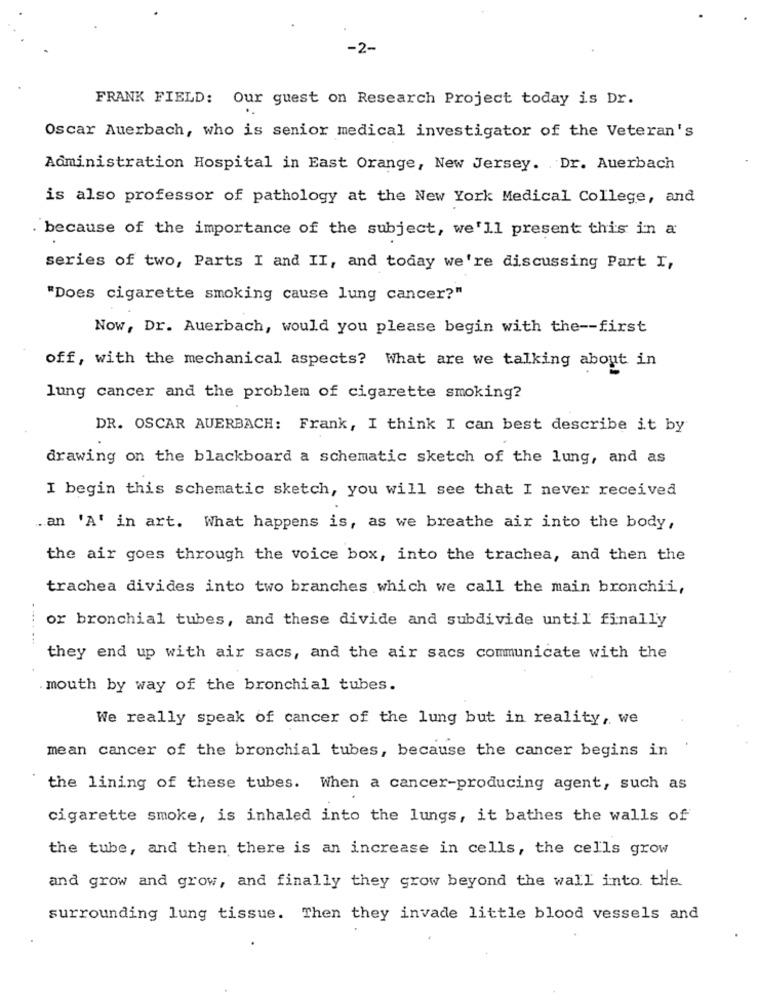
-2-
FRANK FIELD: Our guest on Research Project today is Dr.
Oscar Auerbach, who is senior medical investigator of the Veteran's
Administration Hospital in East Orange, New Jersey. Dr. Auerbach
is also professor of pathology at the New York Medical College, and
. because of the importance of the subject, we'll present this in a
series of two, Parts I and II, and today we're discussing Part I,
"Does cigarette smoking cause lung cancer?"
Now, Dr. Auerbach, would you please begin with the -- first
off, with the mechanical aspects? What are we talking about in
lung cancer and the problem of cigarette smoking?
DR. OSCAR AUERBACH: Frank, I think I can best describe it by
drawing on the blackboard a schematic sketch of the lung, and as
I begin this schematic sketch, you will see that I never received
. an 'A' in art. What happens is, as we breathe air into the body,
the air goes through the voice box, into the trachea, and then the
trachea divides into two branches which we call the main bronchii,
or bronchial tubes, and these divide and subdivide until finally
they end up with air sacs, and the air sacs communicate with the
mouth by way of the bronchial tubes.
We really speak of cancer of the lung but in reality, we
mean cancer of the bronchial tubes, because the cancer begins in
the lining of these tubes. When a cancer-producing agent, such as
cigarette smoke, is inhaled into the lungs, it bathes the walls of
the tube, and then there is an increase in cells, the cells grow
and grow and grow, and finally they grow beyond the wall into the
surrounding lung tissue. Then they invade little blood vessels and